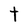
Character: t